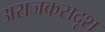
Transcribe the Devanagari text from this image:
अराजकसदृश